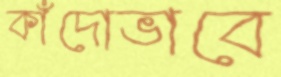
কাঁদোভাবে